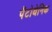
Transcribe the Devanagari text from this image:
पैंटोथेनिक